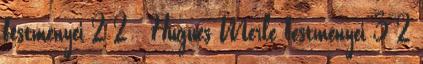
festményei 2 2 - Hugues Merle festményei 3 2